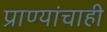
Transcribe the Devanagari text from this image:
प्राण्यांचाही